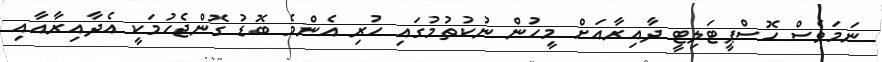
ނަމަވެސް ހޮސްޕީޓަލިޓީ ދާއިރާއަށް މީހުން ނުކުތުމުގައި ހުރި އެންމެ ބޮޑު ގޮންޖެހުމަކީ އެދާއިރާއާއި